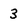
Character: 3